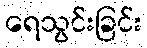
ရေသွင်းခြင်း